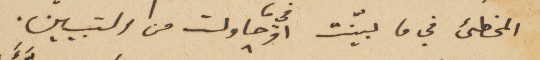
المخطىء في ما بيّنت او في ما حاولت من التبيين.